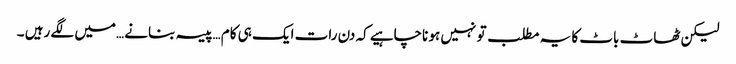
لیکن ٹھاٹ باٹ کا یہ مطلب تو نہیں ہو ناچاہیے کہ دن رات ایک ہی کام …پیسہ بنانے …میں لگے رہیں ۔